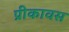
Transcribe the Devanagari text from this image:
प्रीकावस